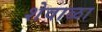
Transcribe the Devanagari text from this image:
शेवाळा